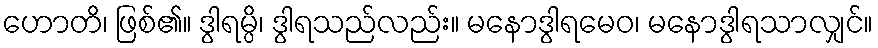
ဟောတိ၊ ဖြစ်၏။ ဒွါရမ္ပိ၊ ဒွါရသည်လည်း။ မနောဒွါရမေဝ၊ မနောဒွါရသာလျှင်။